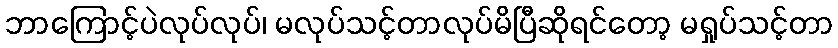
ဘာကြောင့်ပဲလုပ်လုပ်၊ မလုပ်သင့်တာလုပ်မိပြီဆိုရင်တော့ မရှုပ်သင့်တာ